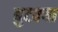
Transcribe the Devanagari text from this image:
बुटक्‍या